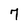
Character: 7